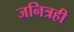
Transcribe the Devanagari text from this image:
जनित्रही